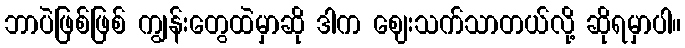
ဘာပဲဖြစ်ဖြစ် ကျွန်းတွေထဲမှာဆို ဒါက ဈေးသက်သာတယ်လို့ ဆိုရမှာပါ။